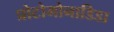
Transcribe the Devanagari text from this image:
प्रोटोमोनाडिडा